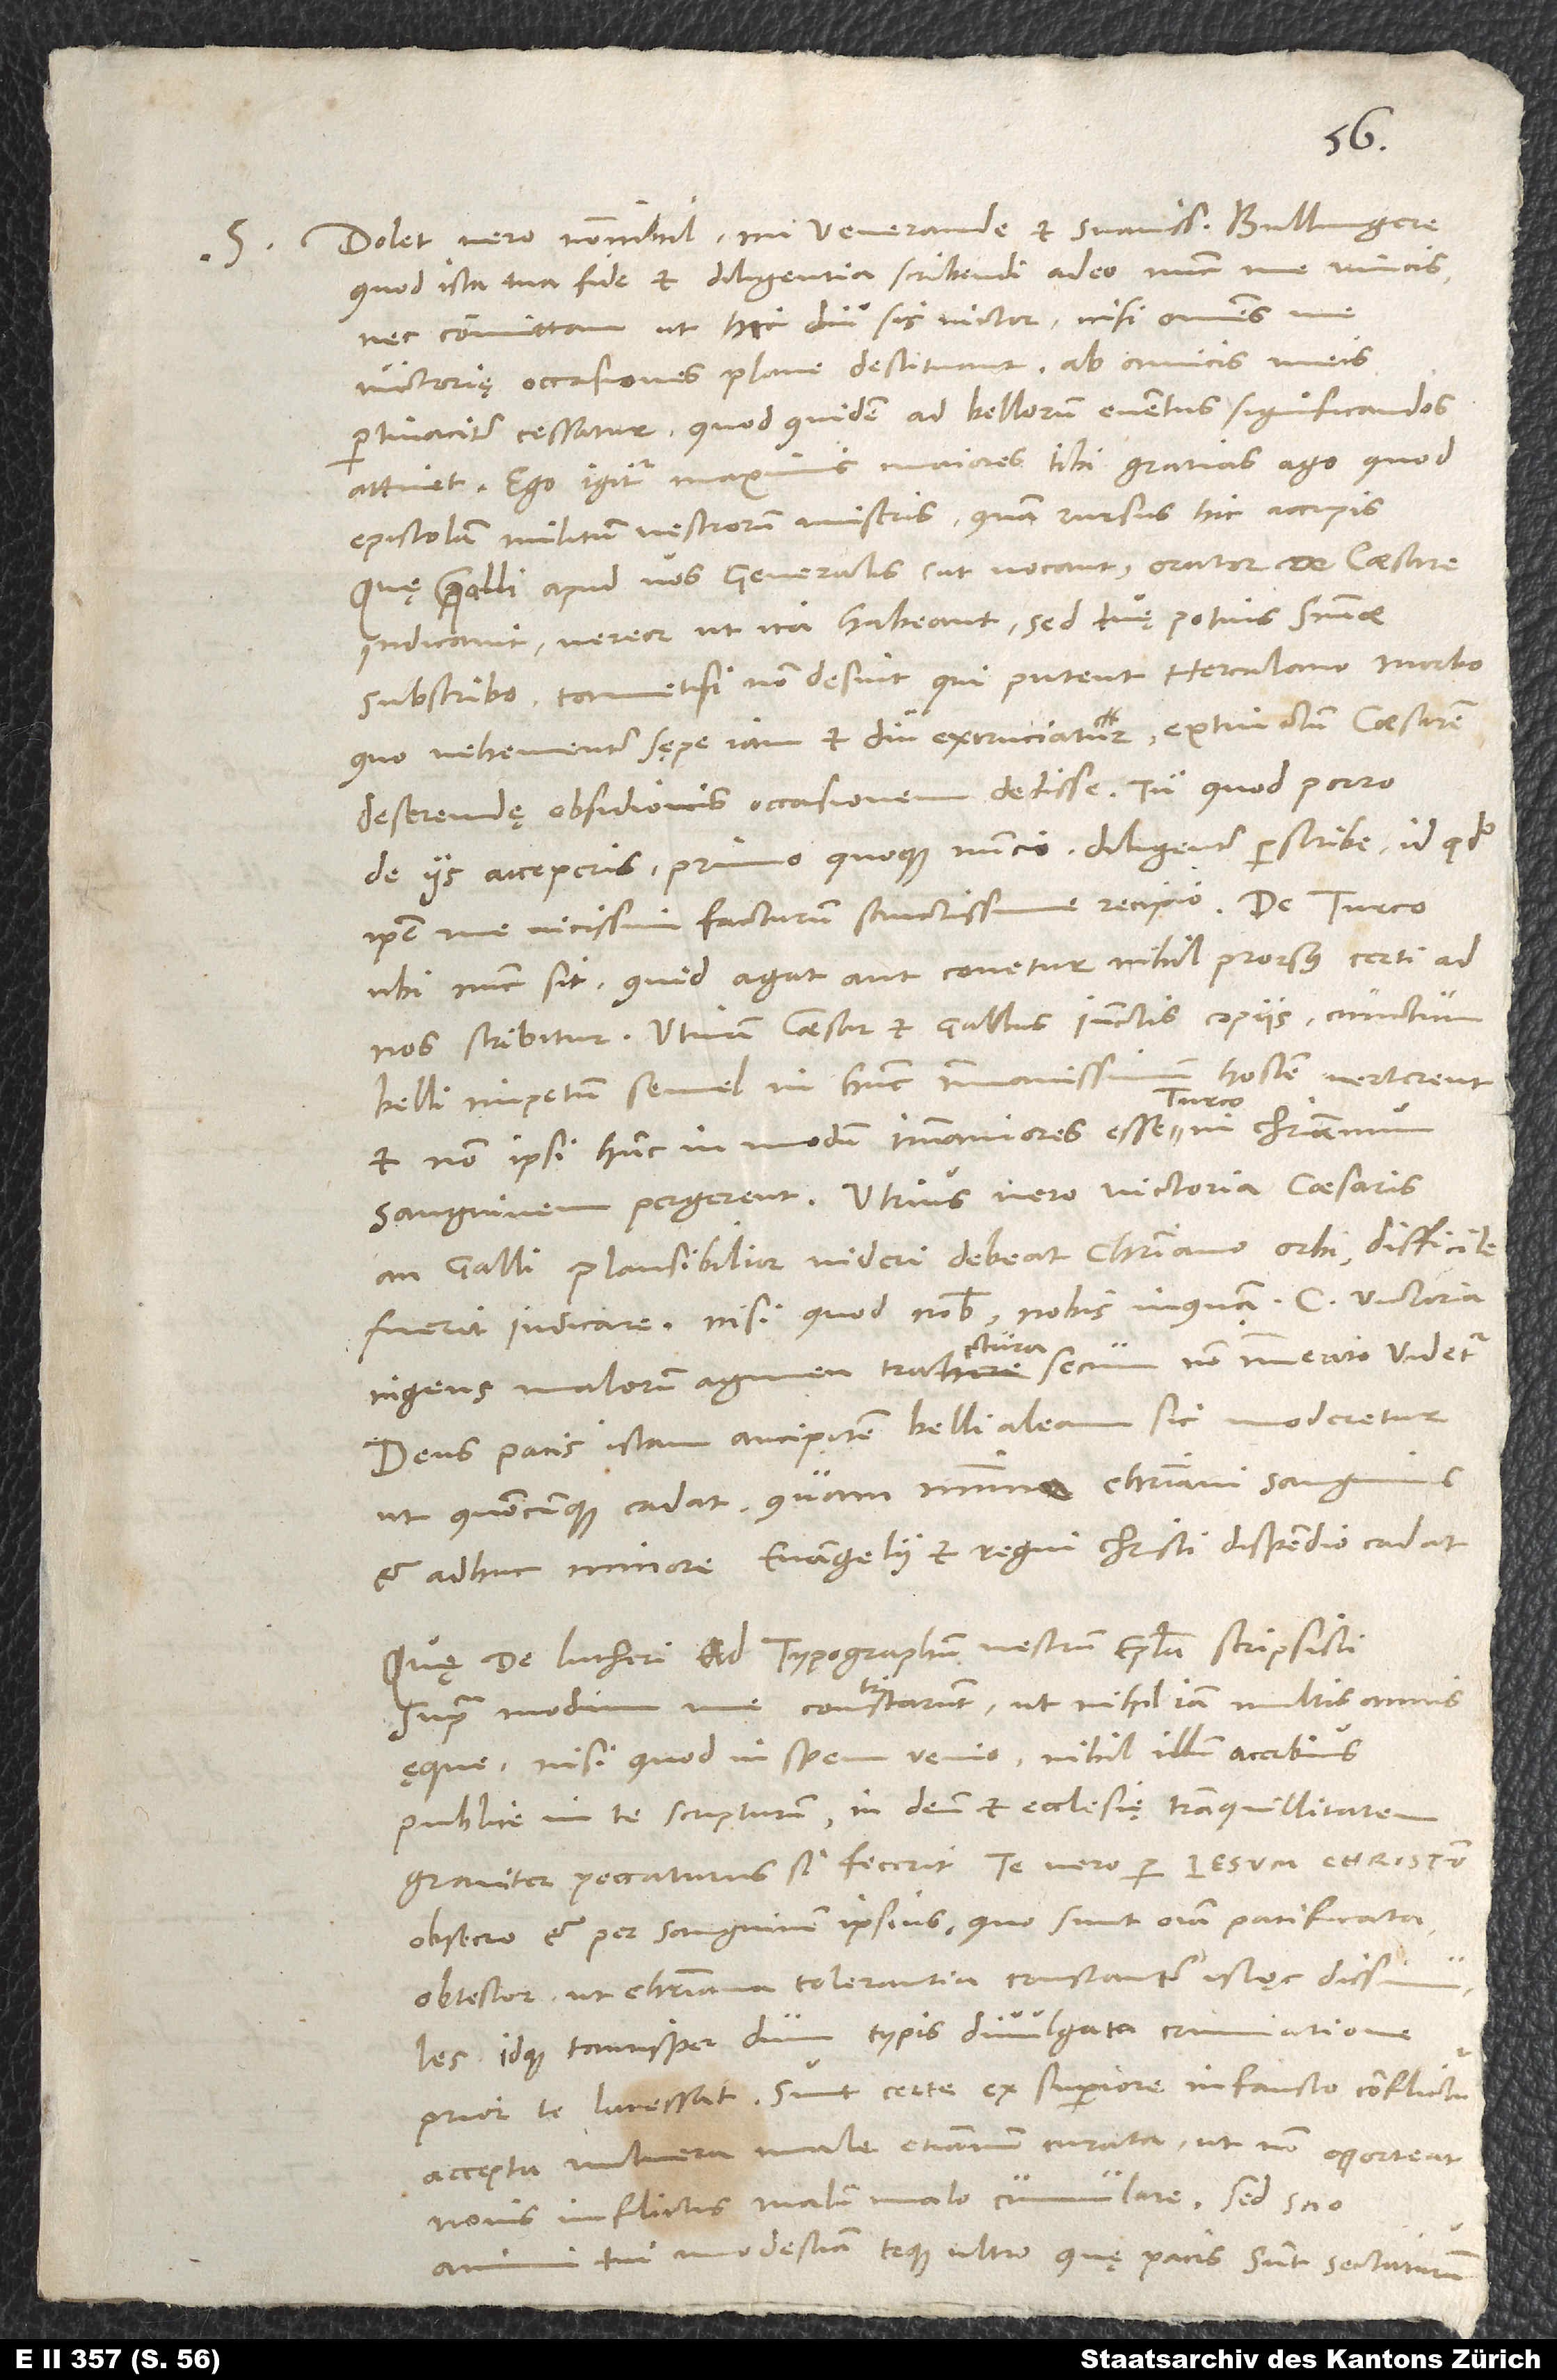
S.

Dolet vero nonnihil, mi venerande et suavissime Bullingere,
quod ista tua fide et diligentia scribendi adeo nunc me vincis,
nec committam, ut hic diu sis victor, nisi omnes me
victorię occasiones plane destituant. Ab amicis meis
pertinaciter cessatur, quod quidem ad bellorum eventus significandos
attinet. Ego igitur maximis maiores tibi gratias ago, quod
epistolam militum vestrorum miseris, quam rursus hic accipis.
Quę Galli apud vos generalis (ut vocant) orator de caesare
indicavit, vereor, ut ita habeant; sed tuę potius sententiae
subscribo, tametsi non desint, qui putent Herculano morbo,
quo vehementer sępe iam et diu excruciatur, extinctum caesarem
deserendę obsidionis occasionem dedisse. Tu, quod porro
de iis acceperis, primo quoque nuncio diligenter perscribe, id quod
ipse me vicissim facturum sanctissime recipio.
ubi nunc sit, quid agat aut conetur, nihil prorsus certi ad
nos scribitur. Utinam caesar et Gallus iunctis copiis cunctum
belli impetum semel in hunc immanissimum hostem verterent
et non ipsi hunc in modum immaniores esse Turco in christianum
sanguinem pergerent! Utrius vero victoria, caesaris
an Galli, plausibilior videri debeat christiani orbi, difficile
fuerit iudicare, nisi quod nobis, nobis inquam, c victoria
ingens malorum agmen tractura secum non immerito videtur.
Deus pacis istam ancipitem belli aleam sic moderetur,
ut, quocunque cadat, quam minimo christiani sanguinis
et adhuc minore evangelii et regni Christi dispendio cadat.
Quę de Lutheri ad typographum vestrum epistola scripsisti,
supra modum me contristarunt ut nihil iam multis annis
ęque, nisi quod in spem venio nihil illum acerbius
publice in te scripturum, in deum et ecclesię tranquillitatem
graviter peccaturus, si fecerit. Te vero per Iesum Christum
obsecro et per sanguinem ipsius, quo sunt omnia pacificata,
obtestor, ut christiana tolerantia constanter istoc dissimules
idque tantisper, dum typis divulgata criminatione
prior te lacessat. Sunt certe ex superiore infausto conflictu
accepta vulnera male etiamnum curata, ut non oporteat
novis inflictis malum malo cumulare. Sed scio
animi tui modestiam teque ultro, quę pacis sunt, sectaturum.